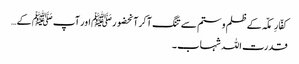
کفّارِمکّہ کے ظلم و ستم سے تنگ آکرآنحضورﷺ اور آپ ﷺ کے…
قدرت اللہ شہاب ۔